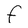
Character: F